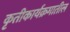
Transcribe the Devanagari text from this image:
कृतीकार्यक्रमातील